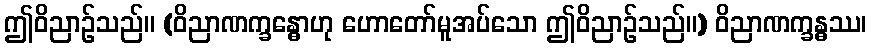
ဤဝိညာဉ်သည်။ (ဝိညာဏက္ခန္ဓောဟု ဟောတော်မူအပ်သော ဤဝိညာဉ်သည်။) ဝိညာဏက္ခန္ဓဿ၊